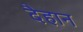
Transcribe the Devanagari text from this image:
दैहान